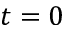
t = 0